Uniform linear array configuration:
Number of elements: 24
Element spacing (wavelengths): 0.75
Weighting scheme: hann
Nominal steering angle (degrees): -15
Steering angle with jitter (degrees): -16.212
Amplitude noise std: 0.05
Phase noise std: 0.05

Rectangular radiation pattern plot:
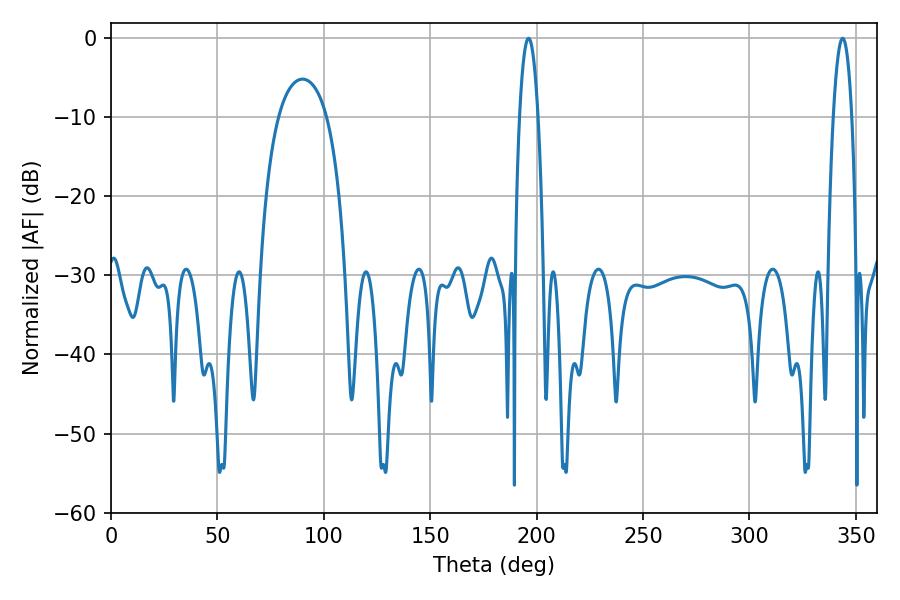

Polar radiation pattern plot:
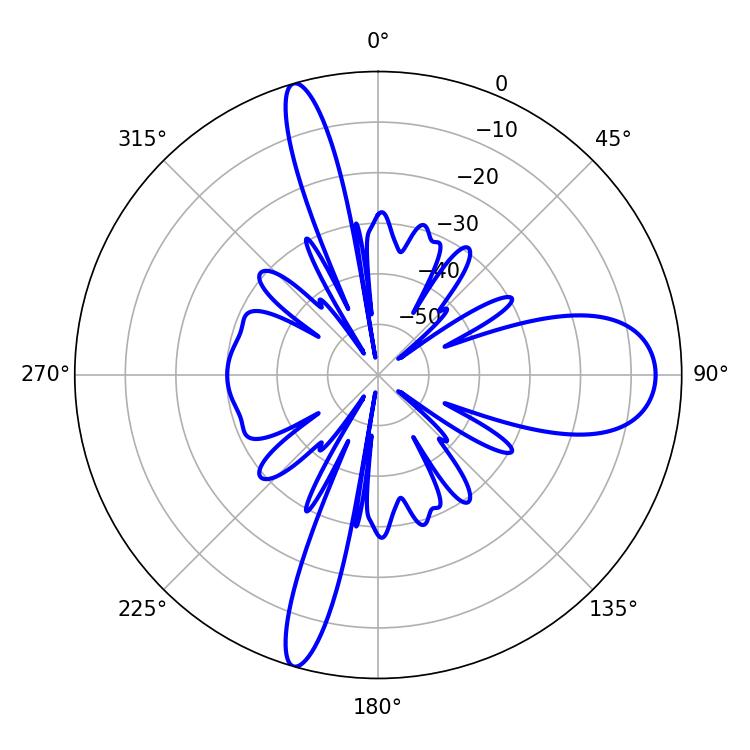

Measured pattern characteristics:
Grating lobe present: TRUE
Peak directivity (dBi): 16.271
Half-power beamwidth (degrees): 4.86
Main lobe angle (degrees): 196.2